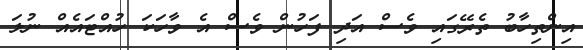
އިންތިހާބު ތެރޭގައި ވެސް އަދި ފަހުން ވެސް އެ ވާހަކަ ހުއްޓައެއް ނުލަ